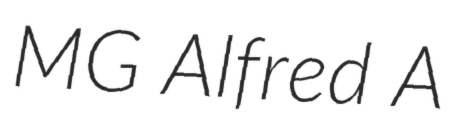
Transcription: MG Alfred A